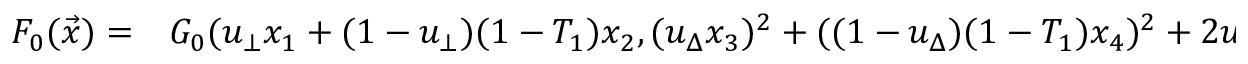
\begin{array} { r l } { F _ { 0 } ( \vec { x } ) = } & { { } G _ { 0 } ( u _ { \bot } x _ { 1 } + ( 1 - u _ { \bot } ) ( 1 - T _ { 1 } ) x _ { 2 } , ( u _ { \Delta } x _ { 3 } ) ^ { 2 } + ( ( 1 - u _ { \Delta } ) ( 1 - T _ { 1 } ) x _ { 4 } ) ^ { 2 } + 2 u _ { \Delta } ( 1 - u _ { \Delta } ) ( 1 - T _ { 1 } ) ( 1 - T _ { 1 } ^ { 2 } ) x _ { 5 } ) } \end{array}